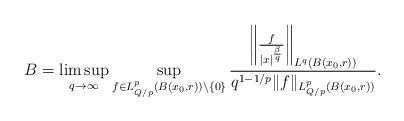
LaTeX: \begin{align*}B=\limsup_{q\rightarrow \infty}\sup_{f\in L^{p}_{Q/p}(B(x_{0},r))\backslash\{0\}}\frac{\left\|\frac{f}{|x|^{\frac{\beta}{q}}}\right\|_{L^{q}(B(x_{0},r))}}{q^{1-1/p}\|f\|_{L^{p}_{Q/p}(B(x_{0},r))}}.\end{align*}